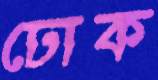
ঢোক